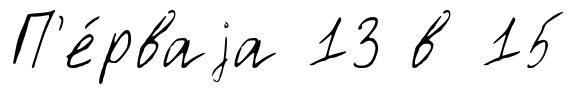
П'е́рваjа 13 в 15